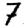
Digit: 7